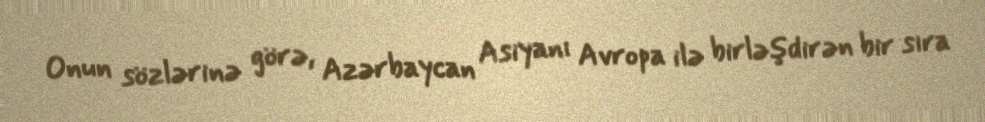
Onun sözlərinə görə, Azərbaycan Asiyanı Avropa ilə birləşdirən bir sıra